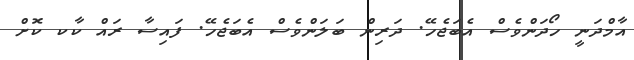
އާމްދަނީ ހޯދަންވެސް އެބަޖެހޭ. ދަރިން ބަލަންވެސް އެބަޖެހޭ. ފައިސާ ރައް ކާކ ކޮށް